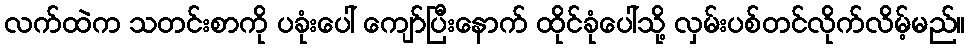
လက်ထဲက သတင်းစာကို ပခုံးပေါ် ကျော်ပြီးနောက် ထိုင်ခုံပေါ်သို့ လှမ်းပစ်တင်လိုက်လိမ့်မည်။